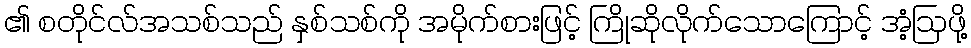
၏ စတိုင်လ်အသစ်သည် နှစ်သစ်ကို အမိုက်စားဖြင့် ကြိုဆိုလိုက်သောကြောင့် အံ့ဩဖို့